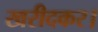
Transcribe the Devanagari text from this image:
खरीदकर।